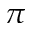
\pi